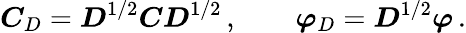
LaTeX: \boldsymbol C_{D}=\boldsymbol D^{1/2}\boldsymbol C\boldsymbol D^{1/2}\, ,\qquad\boldsymbol\varphi_{D}=\boldsymbol D^{1/2}\boldsymbol\varphi\, .